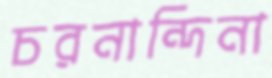
চরনান্দিনা